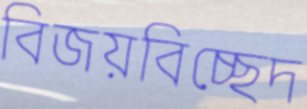
বিজয়বিচ্ছেদ